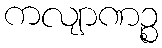
ကလျာဏဉ္စ